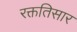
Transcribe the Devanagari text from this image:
रक्ततिसार